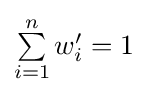
{\textstyle \sum \limits _{i=1}^{n}{w_{i}'}=1}